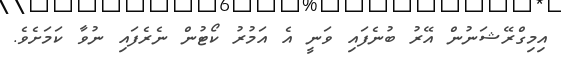
އިމިގްރޭޝަނުން އޭރު ބުނެފައި ވަނީ އެ އަމުރު ކޯޓުން ނެރެފައި ނުވާ ކަމަށެވެ.